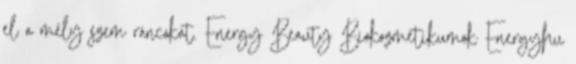
el a mély szem ráncokat. Energy Beauty Biokozmetikumok Energyhu